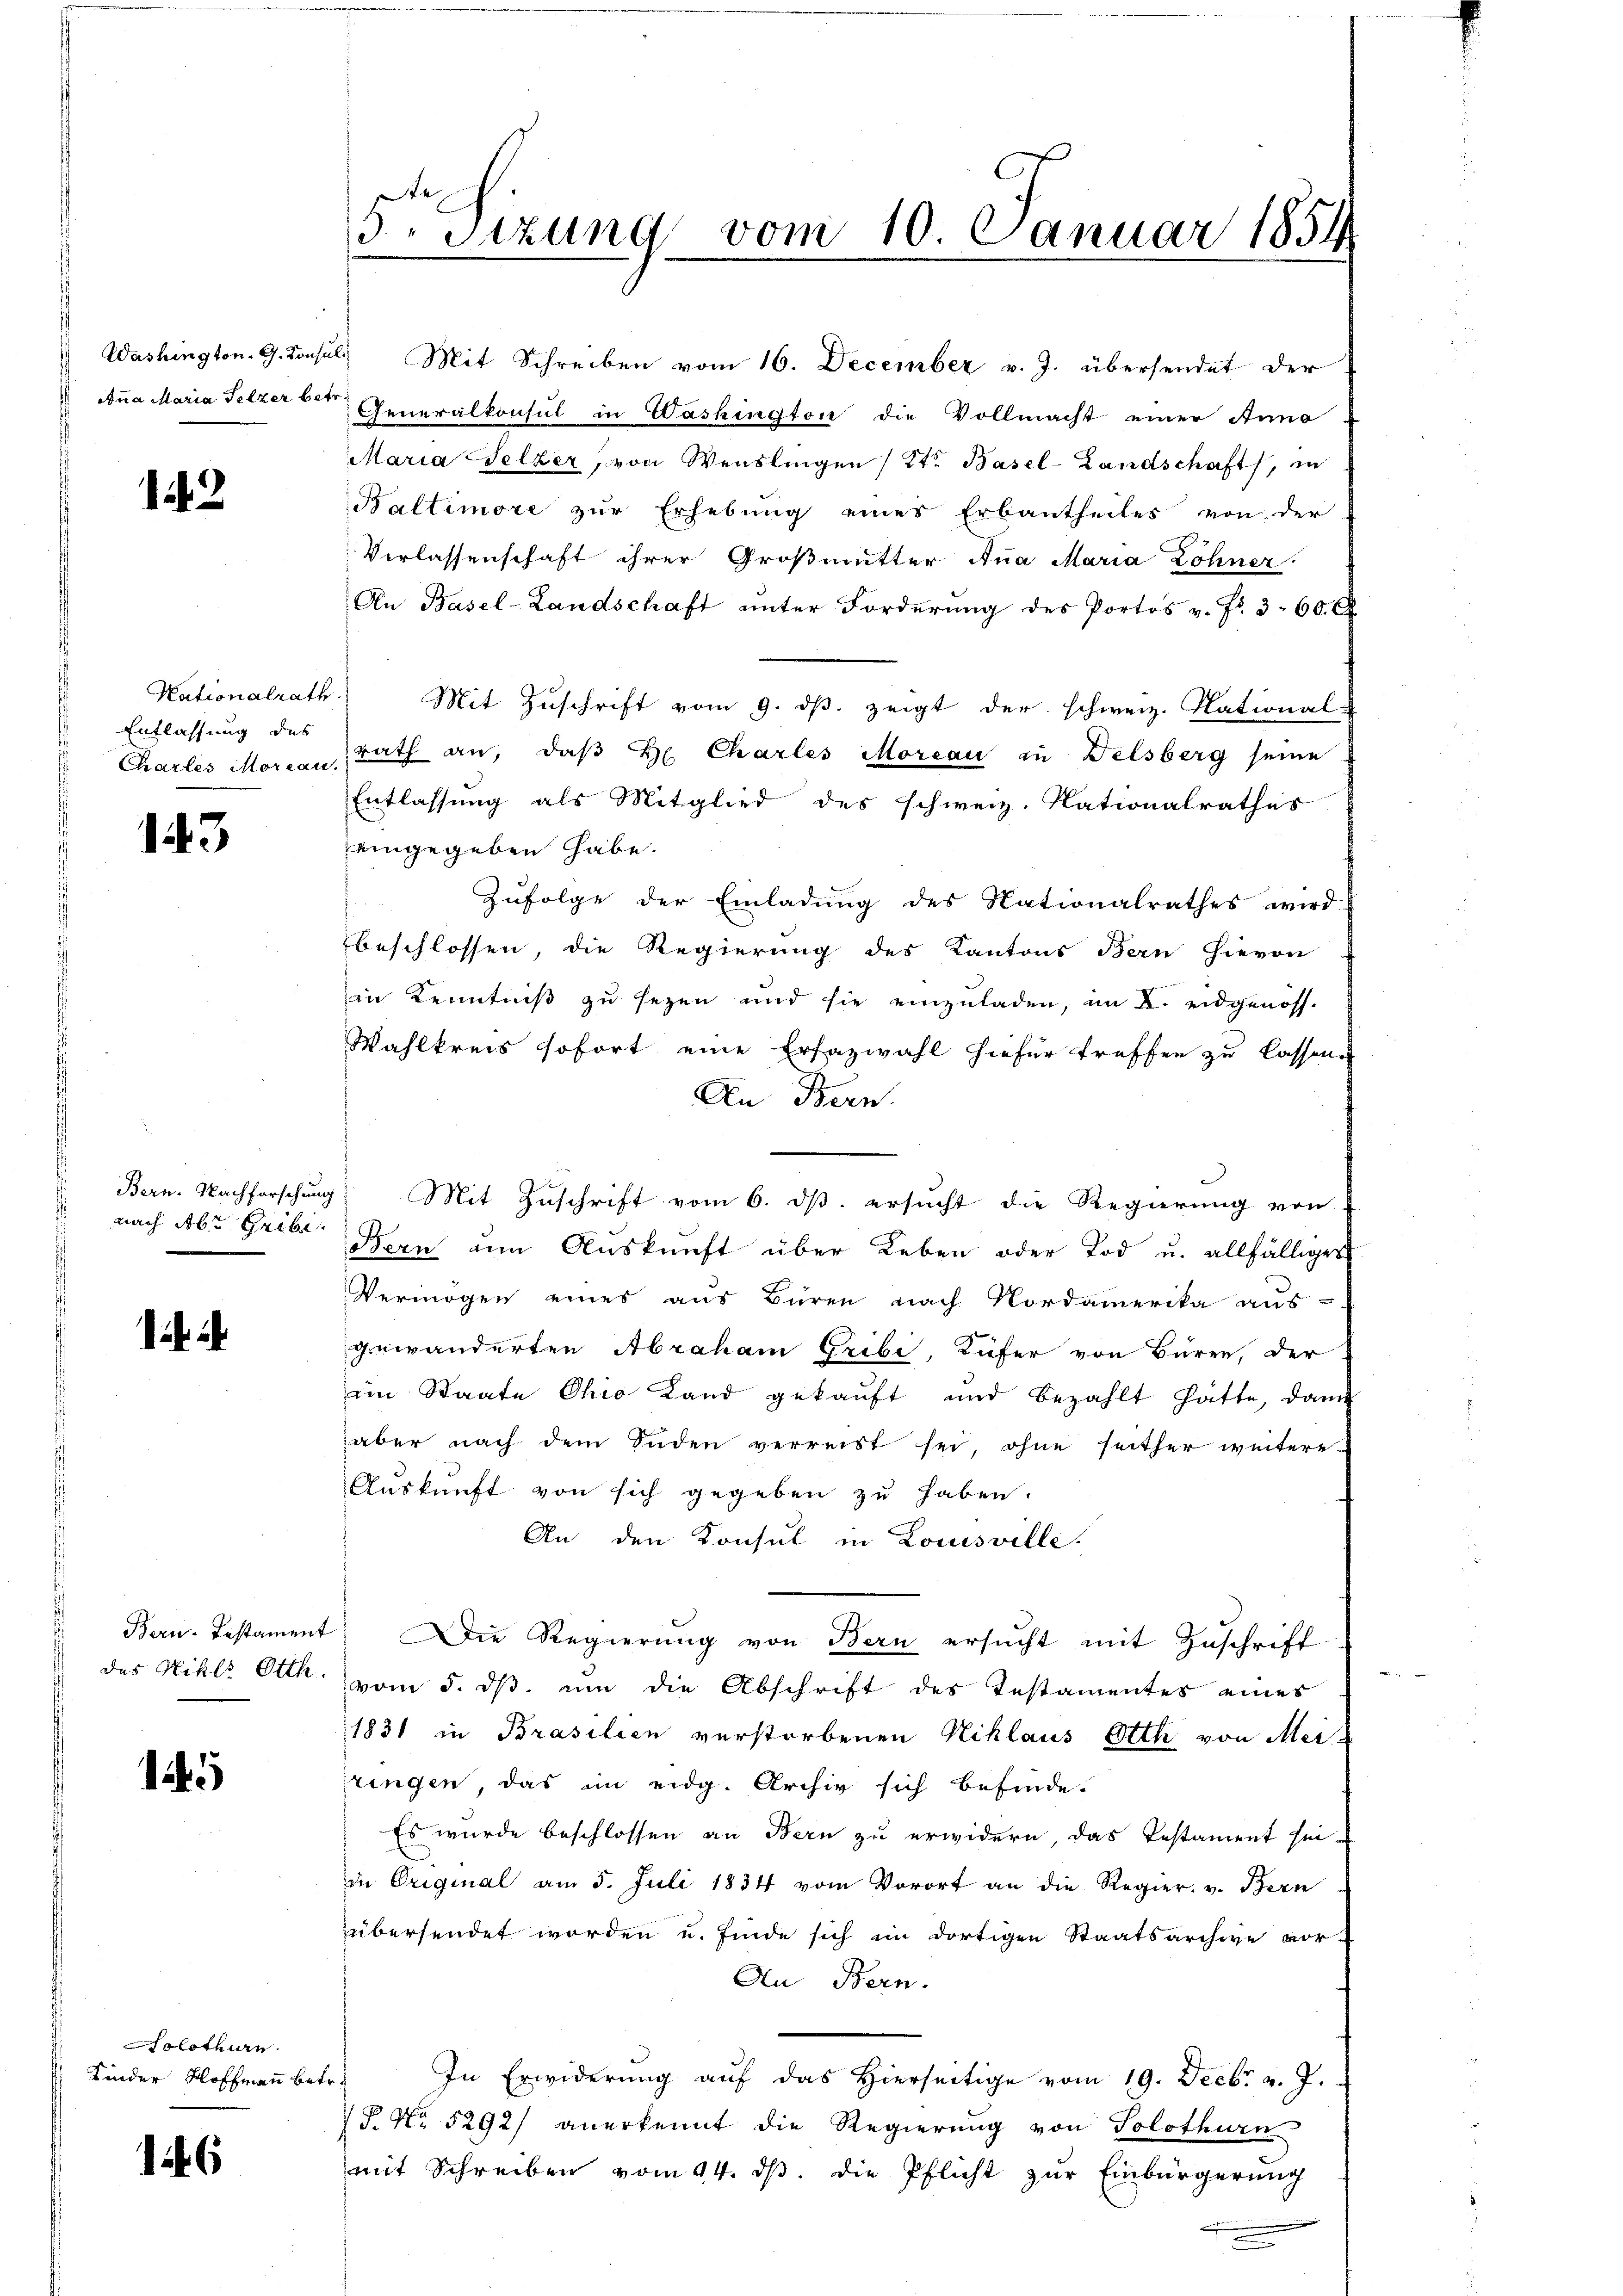
Washington. G. Konsu
dna Maria Pelzer betr

.

Entlassung des
Chartes Morcan.

143

nach Aber Heibe.

Bern. Testament
des Nikls Otth.

5

olothurn.
Kinder Hoffmann be¬

16

5. Sitzung vom 10. Januar 1854

. Mit Schreiben vom 16. December v. J. übersendet der
Generalkonsul in Washington die Vollmacht einer Anna
Maria Selzer, von Wenslingen (Ctr. Basel-Landschaft, in
Baltimore zur Erhebung eines Erbautheiles von der
Verlassenschaft ihrer Großmutter Ana Maria Löhner
An Basel-Landschaft ŭnter Forderŭng des Portos v. Fr. 3. 600
Nationalrath. Mit Zuschrift vom 9. ds. zeigt der schweiz. National-
rath an, daß H. Charles Moreau zu Welsberg seine
Entlassung als Mitglied des schweiz. Nationalrathes
eingegeben habe.
Zufolge der Einladung des Nationalrathes wird
beschlossen, die Regierung des Kantons Bern hievon
in Kenntniß zu sezen und sie einzuladen, im K. eidgenoss.
Wahlkreis sofort eine Erfazwahl hiefür treffen zu lassen.
An Bern.
Bern. Nachforschung Mit Zuschrift vom 6. ds. ersucht die Regierung von
Bern um Auskunft über Leben oder Tod u. allfälliges
Vermögen eines aus Büren nach Nordamerika aus-
gewänderten Abraham Gribi, Küfer von Büren, der
im Staate Ohio Land gekauft und bezahlt hätte, dann
aber nach dem Süden verreist sei, ohne seither weitere
Auskunft von sich gegeben zu haben.
An den Konsul in Louisville.
Die Regierung von Bern ersucht mit Zuschrift
vom 5. dβ ŭm die Abschrift des Testamentes eines
1831 in Brasilien verstorbenen Niklaus Otth von Mei-
ringen, das im eidg. Archiv sich befinde.
Es wurde beschlossen an Bern zu erwidern, das Testament sei-
in Original am 5. Juli 1834 vom Vorort an die Regier. v. Bern
übersendet worden u. finde sich im dortigen Staatsarchive vor-
An Bern.
In Erwiderŭng aŭf das hierseitige vom 19. Decbr. v. J.
P. Nr. 5292/ anerkennt die Regierung von Solothurn
mit Schreiben vom 24. ds. die Pflicht zur Einbürgerung